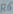
Text: R6